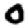
Digit: 0